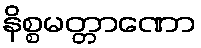
နိစ္စမတ္တာဏော